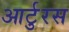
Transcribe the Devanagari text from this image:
आर्टुरस